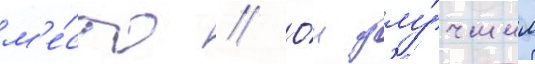
м'е́сто // О́н улу́чшил